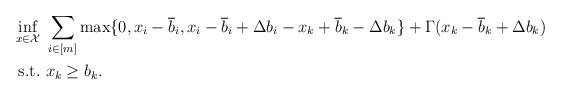
LaTeX: \begin{align*}\inf_{x \in \mathcal{X}} & \ \sum_{i \in [m]} \max\{0, x_i - \overline{b}_i, x_i - \overline{b}_i + \Delta b_i - x_k + \overline{b}_k -\Delta b_k \} + \Gamma (x_k - \overline{b}_k + \Delta b_k) \\\mathrm{s.t.} & \ x_k \geq b_k.\end{align*}